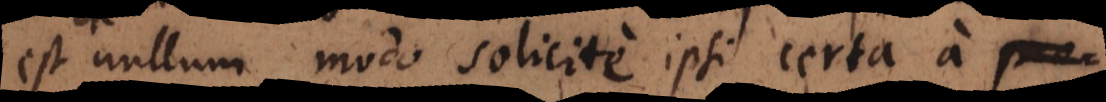
est nullum modo sollicite ipsi certa a